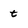
Character: t